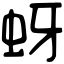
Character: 蚜